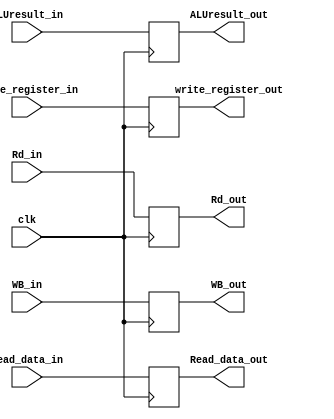
module MEM_WB(
    input clk,
    input [1:0]WB_in,
    input [31:0]Read_data_in,
    input [31:0]ALUresult_in,
    input [4:0]write_register_in,
    input [4:0]Rd_in,

    output reg [1:0]WB_out,
    output reg [31:0]Read_data_out,
    output reg [31:0]ALUresult_out,
    output reg [4:0]write_register_out,
    output reg [4:0]Rd_out
);


initial begin
    WB_out = 2'b0;
    Read_data_out = 32'b0;
    ALUresult_out = 32'b0;
    write_register_out = 5'b0;
    Rd_out = 5'b0;
end

always @(posedge clk)begin
    WB_out = WB_in;
    Read_data_out = Read_data_in;
    ALUresult_out = ALUresult_in;
    write_register_out = write_register_in;
    Rd_out = Rd_in;
end


endmodule